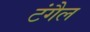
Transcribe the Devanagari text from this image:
टंगैल